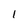
Character: l